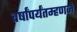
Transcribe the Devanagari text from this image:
वर्षांपर्यंतम्हणजे